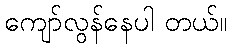
ကျော်လွန်နေပါ တယ်။